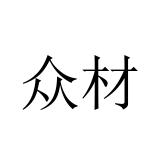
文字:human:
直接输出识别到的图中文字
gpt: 众材